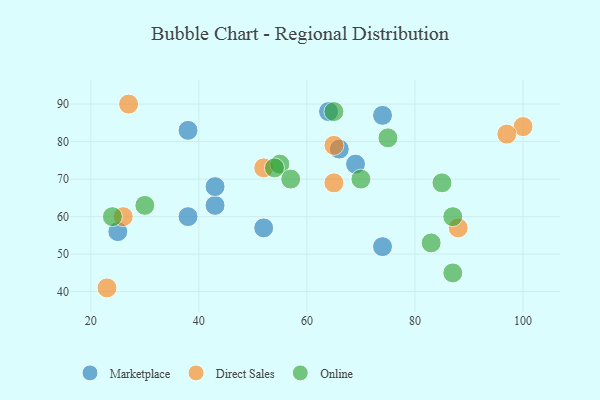
{"axis": {"x": "GDP", "y": "Life Expectancy"}, "legend": ["Direct Sales", "Marketplace", "Online"], "data": [{"x": "43", "y": 63, "type": "Marketplace"}, {"x": "64", "y": 88, "type": "Marketplace"}, {"x": "25", "y": 56, "type": "Marketplace"}, {"x": "66", "y": 78, "type": "Marketplace"}, {"x": "74", "y": 87, "type": "Marketplace"}, {"x": "38", "y": 60, "type": "Marketplace"}, {"x": "69", "y": 74, "type": "Marketplace"}, {"x": "38", "y": 83, "type": "Marketplace"}, {"x": "43", "y": 68, "type": "Marketplace"}, {"x": "74", "y": 52, "type": "Marketplace"}, {"x": "52", "y": 57, "type": "Marketplace"}, {"x": "65", "y": 79, "type": "Direct Sales"}, {"x": "100", "y": 84, "type": "Direct Sales"}, {"x": "52", "y": 73, "type": "Direct Sales"}, {"x": "26", "y": 60, "type": "Direct Sales"}, {"x": "27", "y": 90, "type": "Direct Sales"}, {"x": "97", "y": 82, "type": "Direct Sales"}, {"x": "88", "y": 57, "type": "Direct Sales"}, {"x": "65", "y": 69, "type": "Direct Sales"}, {"x": "23", "y": 41, "type": "Direct Sales"}, {"x": "24", "y": 60, "type": "Online"}, {"x": "55", "y": 74, "type": "Online"}, {"x": "57", "y": 70, "type": "Online"}, {"x": "70", "y": 70, "type": "Online"}, {"x": "83", "y": 53, "type": "Online"}, {"x": "85", "y": 69, "type": "Online"}, {"x": "65", "y": 88, "type": "Online"}, {"x": "54", "y": 73, "type": "Online"}, {"x": "30", "y": 63, "type": "Online"}, {"x": "87", "y": 45, "type": "Online"}, {"x": "87", "y": 60, "type": "Online"}, {"x": "75", "y": 81, "type": "Online"}]}